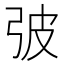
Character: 㢰